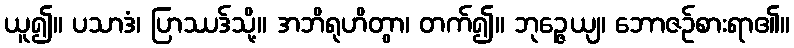
ယူ၍။ ပသာဒံ၊ ပြာဿဒ်သို့။ အဘိရုဟိတွာ၊ တက်၍။ ဘုဉ္ဇေယျ၊ ဘောဇဉ်စားရာ၏။